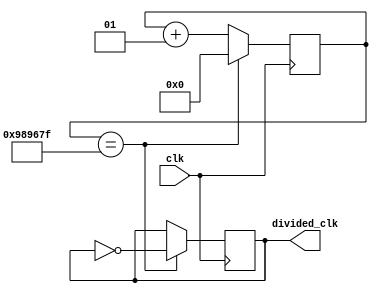
`timescale 1ns / 1ps

// counter based clock divider
// Principle formula - Fout = 2*(counter_value + 1)/Fin(100Mhz in this case)


module clk_divider #(parameter DIVIDER_VALUE = 9999999)
(   input clk,
    output reg divided_clk = 0
    );
    

    integer counter_value = 0;

    // this always block creates a counter
    always @(posedge clk ) begin
        if(counter_value == DIVIDER_VALUE)
        begin
            counter_value = 0; //reset at DIVIDER_VALUE
            divided_clk <= ~divided_clk;
        end
        else
        begin
            counter_value <= counter_value + 1;
            divided_clk <= divided_clk;

        end
    end

endmodule